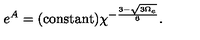
e ^ { A } = ( \mathrm { c o n s t a n t } ) \chi ^ { - \frac { 3 - \sqrt { 3 \Omega _ { e } } } { 6 } } .